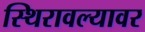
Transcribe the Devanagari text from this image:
स्थिरावल्यावर